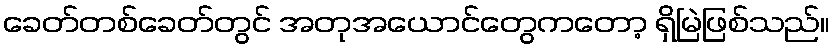
ခေတ်တစ်ခေတ်တွင် အတုအယောင်တွေကတော့ ရှိမြဲဖြစ်သည်။